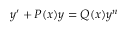
y ^ { \prime } + P ( x ) y = Q ( x ) y ^ { n }